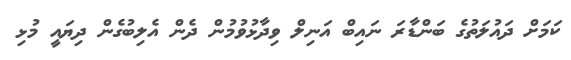
ކަމަށް ދައުލަތުގެ ބަންޑާރަ ނައިބް އަނިލް ވިދާޅުުވުމުން ދެން އެލިބުގެން ދިޔައީ މުޅި